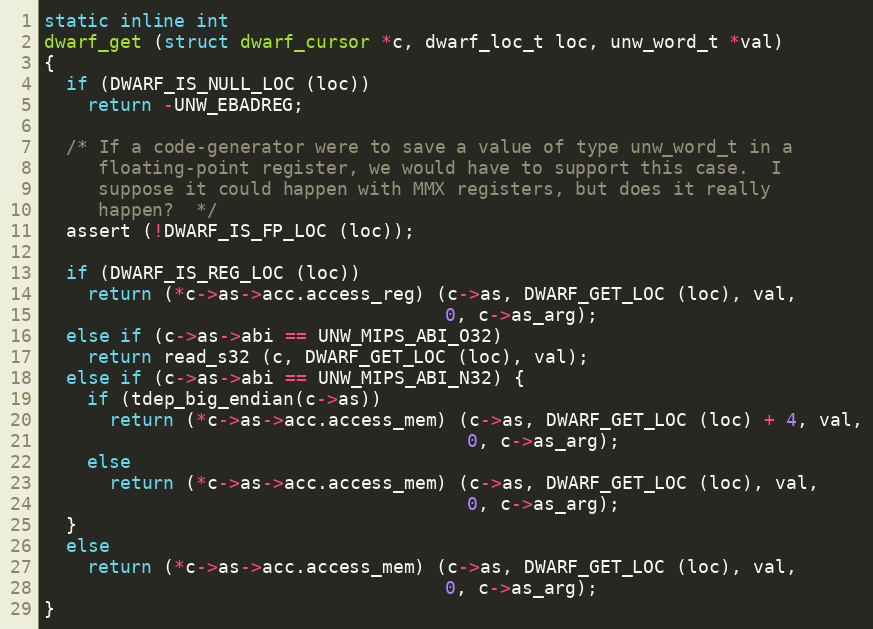
Language: C
static inline int
dwarf_get (struct dwarf_cursor *c, dwarf_loc_t loc, unw_word_t *val)
{
  if (DWARF_IS_NULL_LOC (loc))
    return -UNW_EBADREG;

  /* If a code-generator were to save a value of type unw_word_t in a
     floating-point register, we would have to support this case.  I
     suppose it could happen with MMX registers, but does it really
     happen?  */
  assert (!DWARF_IS_FP_LOC (loc));

  if (DWARF_IS_REG_LOC (loc))
    return (*c->as->acc.access_reg) (c->as, DWARF_GET_LOC (loc), val,
                                     0, c->as_arg);
  else if (c->as->abi == UNW_MIPS_ABI_O32)
    return read_s32 (c, DWARF_GET_LOC (loc), val);
  else if (c->as->abi == UNW_MIPS_ABI_N32) {
    if (tdep_big_endian(c->as))
      return (*c->as->acc.access_mem) (c->as, DWARF_GET_LOC (loc) + 4, val,
                                       0, c->as_arg);
    else
      return (*c->as->acc.access_mem) (c->as, DWARF_GET_LOC (loc), val,
                                       0, c->as_arg);
  }
  else
    return (*c->as->acc.access_mem) (c->as, DWARF_GET_LOC (loc), val,
                                     0, c->as_arg);
}